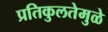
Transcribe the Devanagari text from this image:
प्रतिकुलतेमुळे